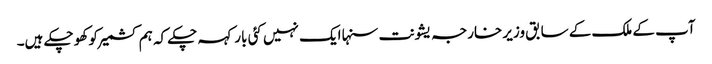
آپ کے ملک کے سابق وزیر خارجہ یشونت سنہا ایک نہیں کئی بار کہہ چکے کہ ہم کشمیر کو کھو چکے ہیں۔